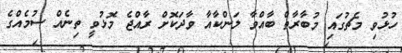
ހުޅުވި މެޗުގައި މުބާރާތް ބާއްވާ ލަންކާއާ ވާދަކޮށް ރާއްޖެ މޮޅުވީ ތިނެއް ސުމެއްގެ